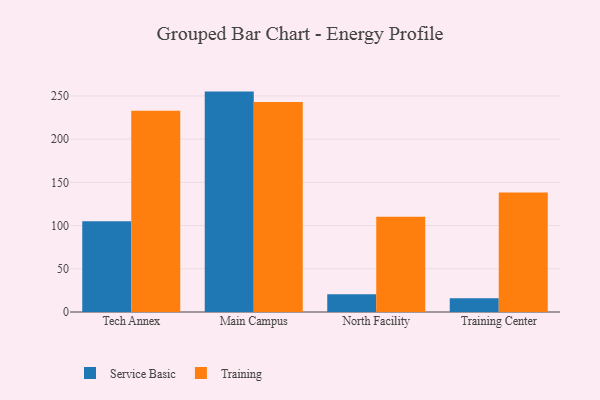
{"axis": {"x": "Campus", "y": "Shipments"}, "legend": ["Service Basic", "Training"], "data": [{"x": "Tech Annex", "y": 104.9, "type": "Service Basic"}, {"x": "Tech Annex", "y": 232.8, "type": "Training"}, {"x": "Main Campus", "y": 255.0, "type": "Service Basic"}, {"x": "Main Campus", "y": 243.1, "type": "Training"}, {"x": "North Facility", "y": 20.5, "type": "Service Basic"}, {"x": "North Facility", "y": 110.1, "type": "Training"}, {"x": "Training Center", "y": 15.9, "type": "Service Basic"}, {"x": "Training Center", "y": 138.3, "type": "Training"}]}